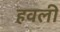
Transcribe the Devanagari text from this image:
हवली